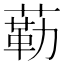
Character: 𱾐